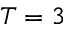
T = 3